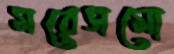
মরেসমো